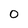
Character: 0